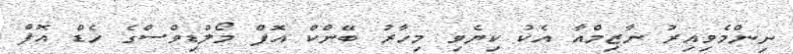
ނިންމެވިއިރު ނާޒިމްއާ އެކު ކިޔެވި މިހާރު ބޭންކް އޮފް މޯލްޑިވްސްގެ ހެޑް އޮފް